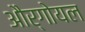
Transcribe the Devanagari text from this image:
और्गोयल